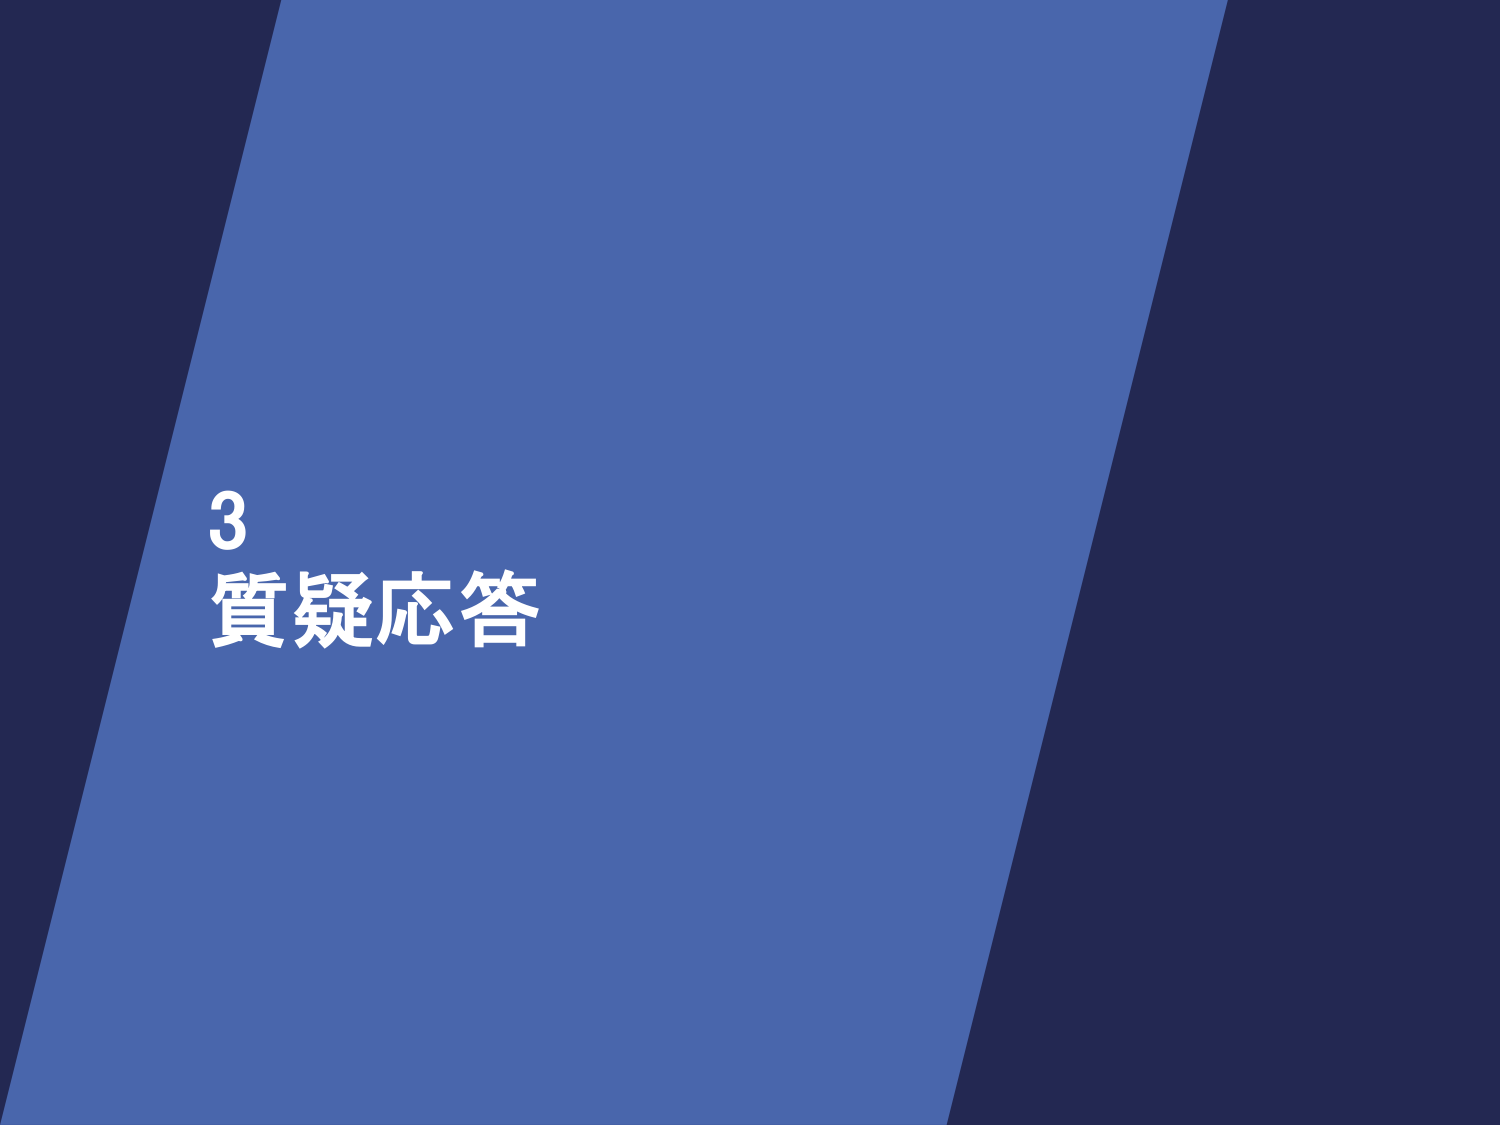
3
質疑応答